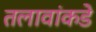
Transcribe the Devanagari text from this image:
तलावांकडे